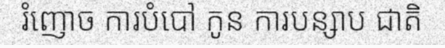
រំញោច ការបំបៅ កូន ការបន្សាប ជាតិ